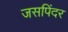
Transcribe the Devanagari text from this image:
जसपिंदर